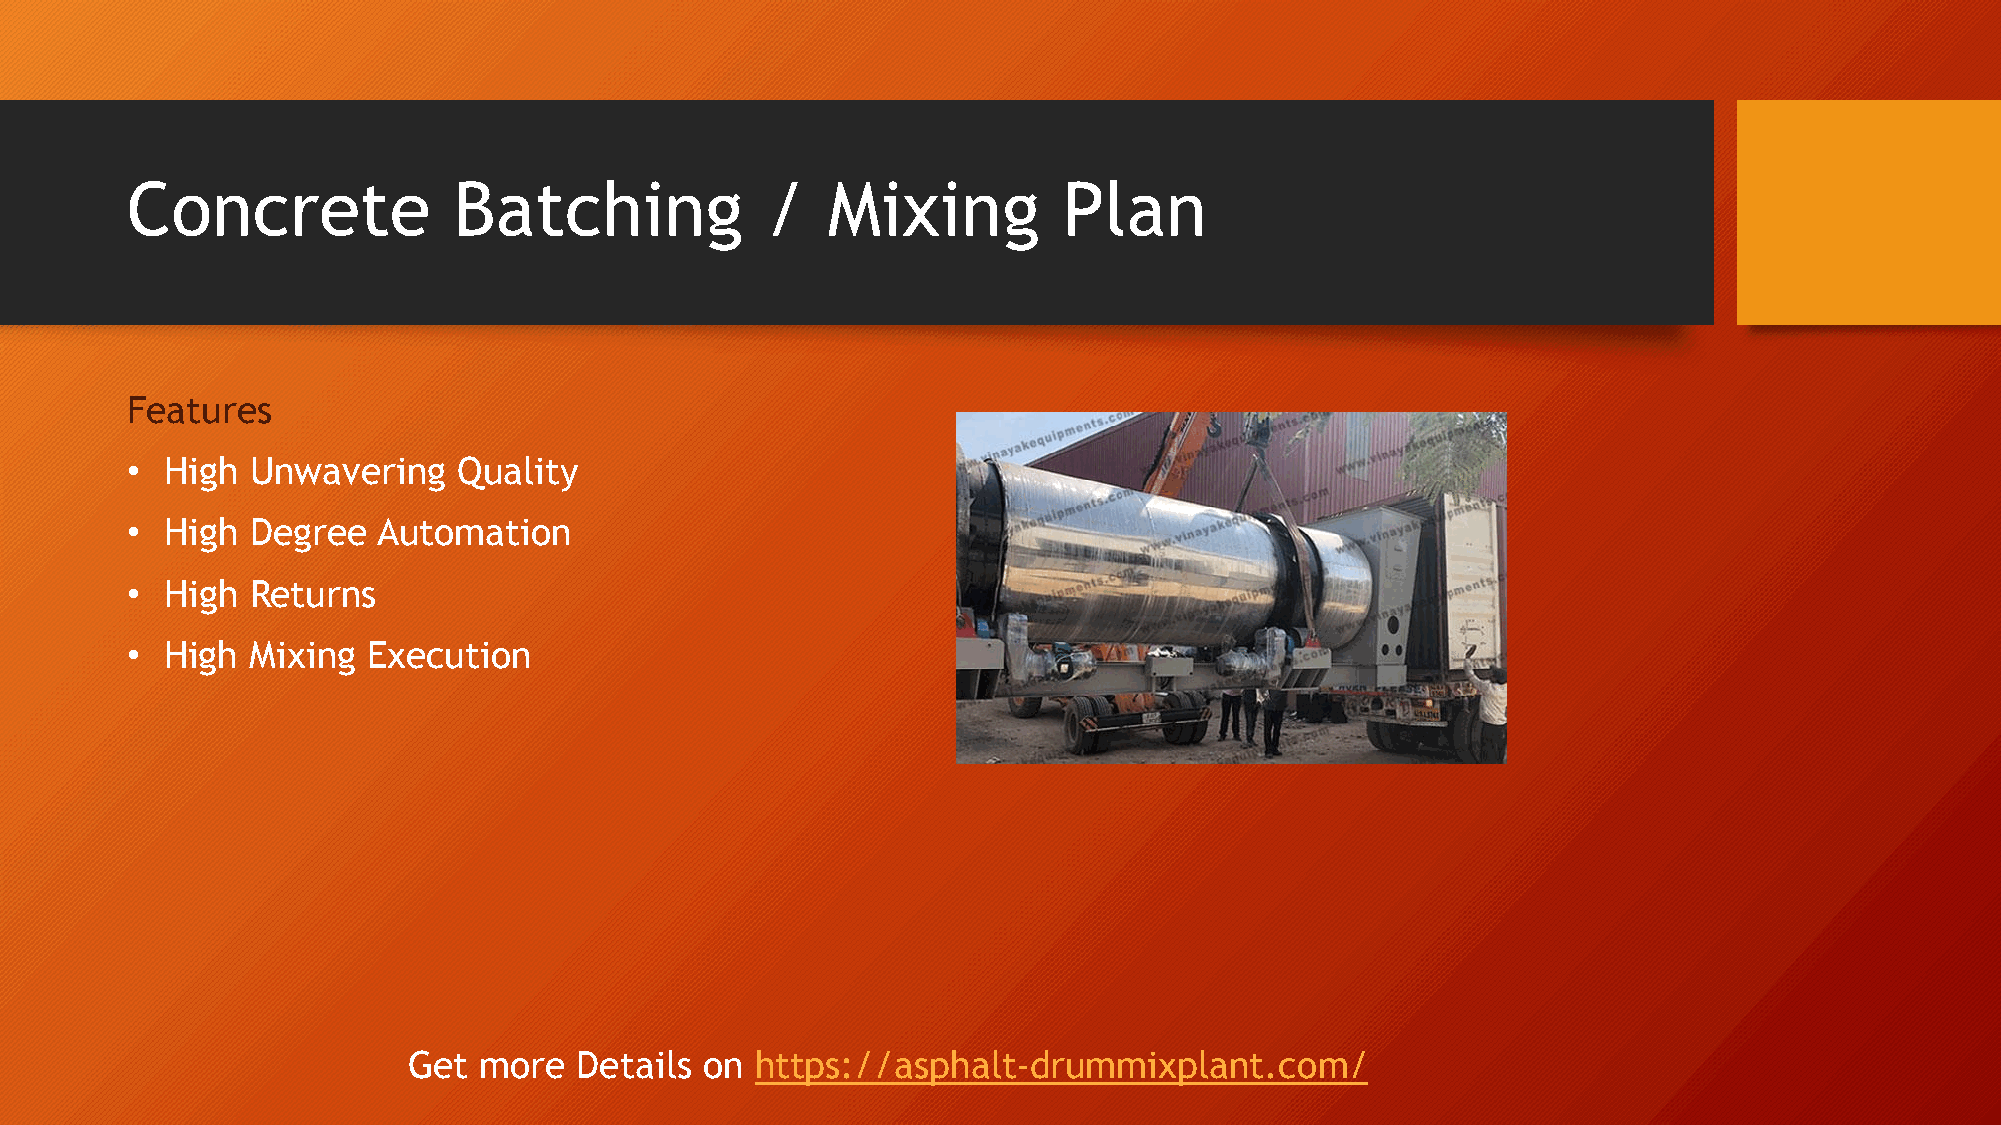
Concrete              Batching             /   Mixing         Plan
 Features
 •  High  Unwavering   Quality
 •  High  Degree  Automation
 •  High  Returns
 •  High  Mixing Execution
 Get  more  Details  on https://asphalt-drummixplant.com/